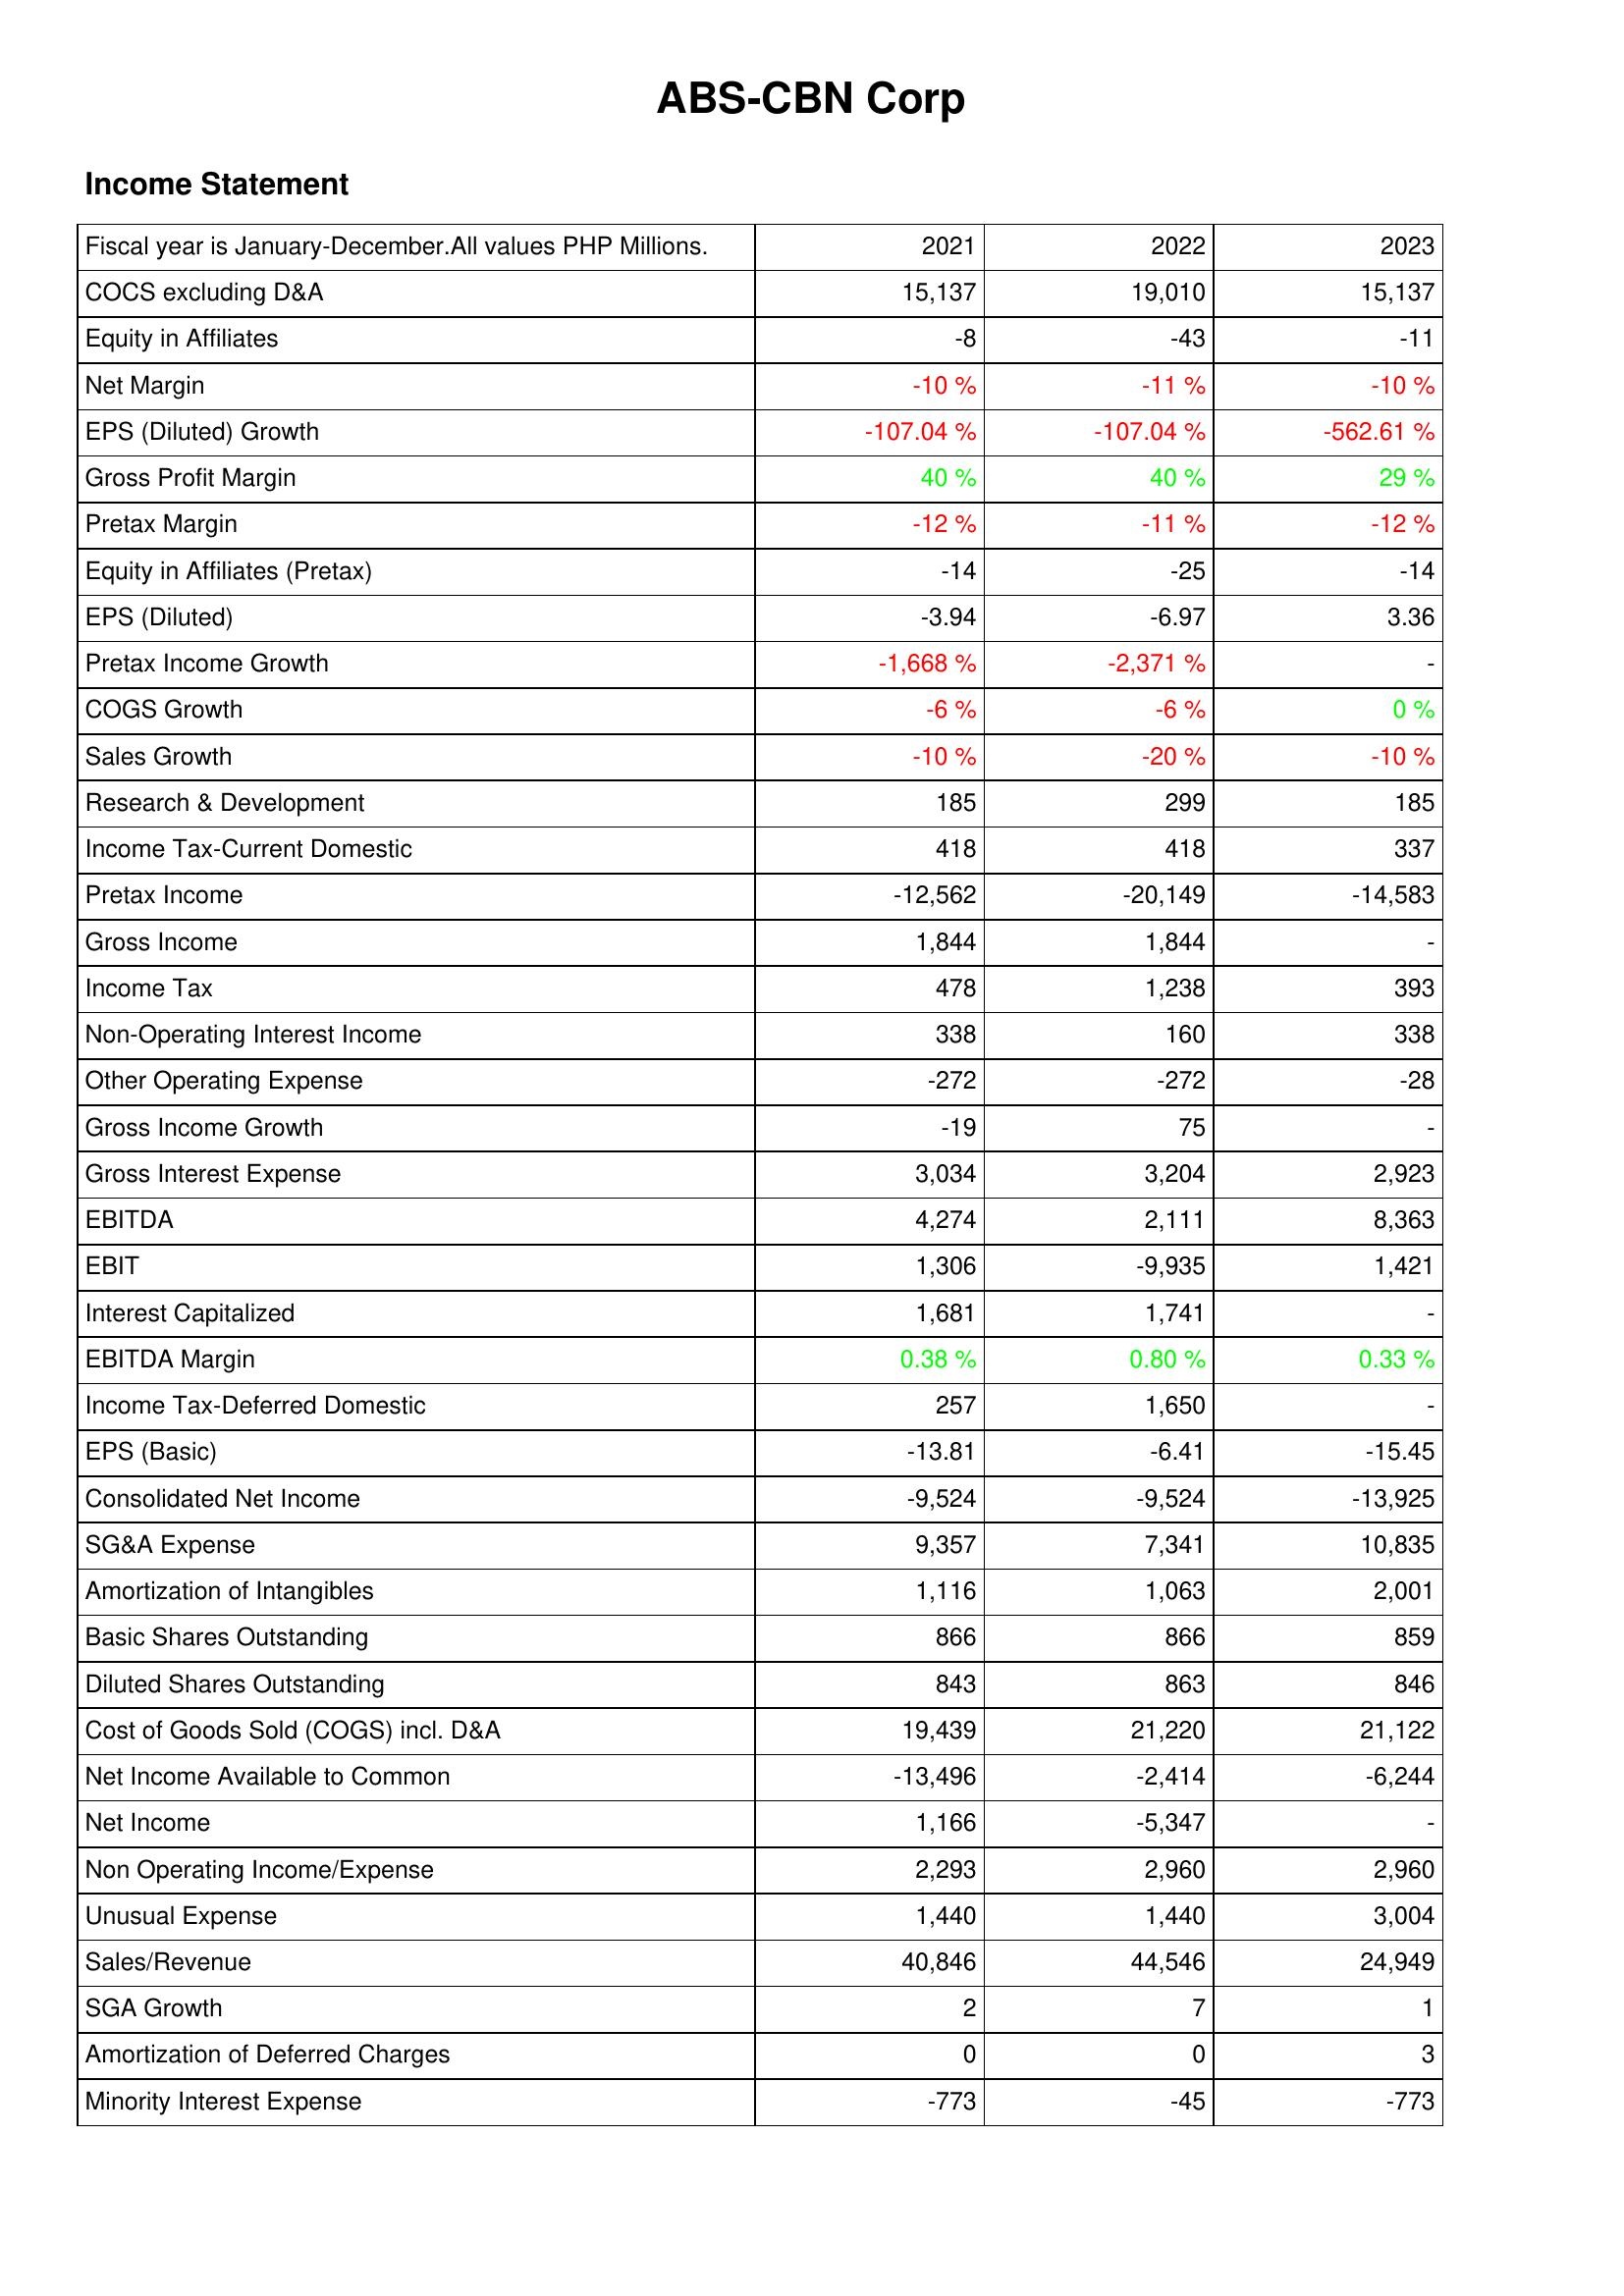
2021: Income Statement: COCS excluding D&A: 15,137
Equity in Affiliates: -8
Net Margin: -10 %
EPS (Diluted) Growth: -107.04 %
Gross Profit Margin: 40 %
Pretax Margin: -12 %
Equity in Affiliates (Pretax): -14
EPS (Diluted): -3.94
Pretax Income Growth: -1,668 %
COGS Growth: -6 %
Sales Growth: -10 %
Research & Development: 185
Income Tax-Current Domestic: 418
Pretax Income: -12,562
Gross Income: 1,844
Income Tax: 478
Non-Operating Interest Income: 338
Other Operating Expense: -272
Gross Income Growth: -19
Gross Interest Expense: 3,034
EBITDA: 4,274
EBIT: 1,306
Interest Capitalized: 1,681
EBITDA Margin: 0.38 %
Income Tax-Deferred Domestic: 257
EPS (Basic): -13.81
Consolidated Net Income: -9,524
SG&A Expense: 9,357
Amortization of Intangibles: 1,116
Basic Shares Outstanding: 866
Diluted Shares Outstanding: 843
Cost of Goods Sold (COGS) incl. D&A: 19,439
Net Income Available to Common: -13,496
Net Income: 1,166
Non Operating Income/Expense: 2,293
Unusual Expense: 1,440
Sales/Revenue: 40,846
SGA Growth: 2
Amortization of Deferred Charges: 0
Minority Interest Expense: -773
2022: Income Statement: COCS excluding D&A: 19,010
Equity in Affiliates: -43
Net Margin: -11 %
EPS (Diluted) Growth: -107.04 %
Gross Profit Margin: 40 %
Pretax Margin: -11 %
Equity in Affiliates (Pretax): -25
EPS (Diluted): -6.97
Pretax Income Growth: -2,371 %
COGS Growth: -6 %
Sales Growth: -20 %
Research & Development: 299
Income Tax-Current Domestic: 418
Pretax Income: -20,149
Gross Income: 1,844
Income Tax: 1,238
Non-Operating Interest Income: 160
Other Operating Expense: -272
Gross Income Growth: 75
Gross Interest Expense: 3,204
EBITDA: 2,111
EBIT: -9,935
Interest Capitalized: 1,741
EBITDA Margin: 0.80 %
Income Tax-Deferred Domestic: 1,650
EPS (Basic): -6.41
Consolidated Net Income: -9,524
SG&A Expense: 7,341
Amortization of Intangibles: 1,063
Basic Shares Outstanding: 866
Diluted Shares Outstanding: 863
Cost of Goods Sold (COGS) incl. D&A: 21,220
Net Income Available to Common: -2,414
Net Income: -5,347
Non Operating Income/Expense: 2,960
Unusual Expense: 1,440
Sales/Revenue: 44,546
SGA Growth: 7
Amortization of Deferred Charges: 0
Minority Interest Expense: -45
2023: Income Statement: COCS excluding D&A: 15,137
Equity in Affiliates: -11
Net Margin: -10 %
EPS (Diluted) Growth: -562.61 %
Gross Profit Margin: 29 %
Pretax Margin: -12 %
Equity in Affiliates (Pretax): -14
EPS (Diluted): 3.36
Pretax Income Growth: -
COGS Growth: 0 %
Sales Growth: -10 %
Research & Development: 185
Income Tax-Current Domestic: 337
Pretax Income: -14,583
Gross Income: -
Income Tax: 393
Non-Operating Interest Income: 338
Other Operating Expense: -28
Gross Income Growth: -
Gross Interest Expense: 2,923
EBITDA: 8,363
EBIT: 1,421
Interest Capitalized: -
EBITDA Margin: 0.33 %
Income Tax-Deferred Domestic: -
EPS (Basic): -15.45
Consolidated Net Income: -13,925
SG&A Expense: 10,835
Amortization of Intangibles: 2,001
Basic Shares Outstanding: 859
Diluted Shares Outstanding: 846
Cost of Goods Sold (COGS) incl. D&A: 21,122
Net Income Available to Common: -6,244
Net Income: -
Non Operating Income/Expense: 2,960
Unusual Expense: 3,004
Sales/Revenue: 24,949
SGA Growth: 1
Amortization of Deferred Charges: 3
Minority Interest Expense: -773